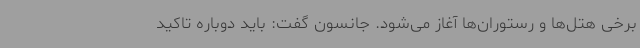
برخی هتل‌ها و رستوران‌ها آغاز می‌شود. جانسون گفت:‌ باید دوباره تاکید